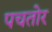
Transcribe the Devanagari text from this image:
पचतोर